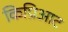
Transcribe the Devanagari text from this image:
किप्रिआट